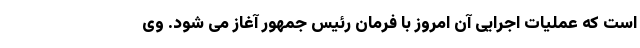
است که عملیات اجرایی آن امروز با فرمان رئیس جمهور آغاز می شود. وی